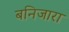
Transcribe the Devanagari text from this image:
बनिजारा